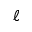
\ell